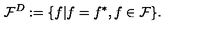
{ \cal F } ^ { D } : = \{ f | f = f ^ { * } , f \in { \cal F } \} .